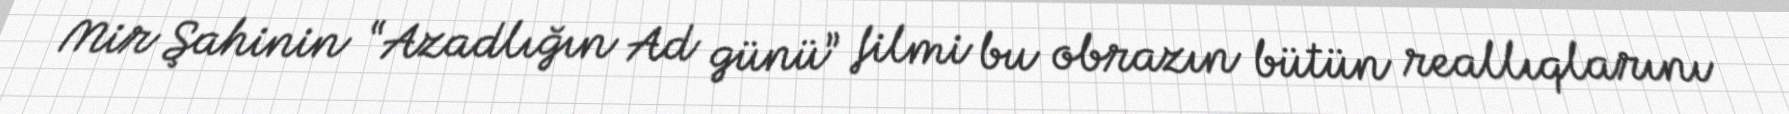
Mir Şahinin “Azadlığın Ad günü” filmi bu obrazın bütün reallıqlarını